Lunatic asylums in Bengal annual reports 1912-1924 - 1912-1924
Year: 1912
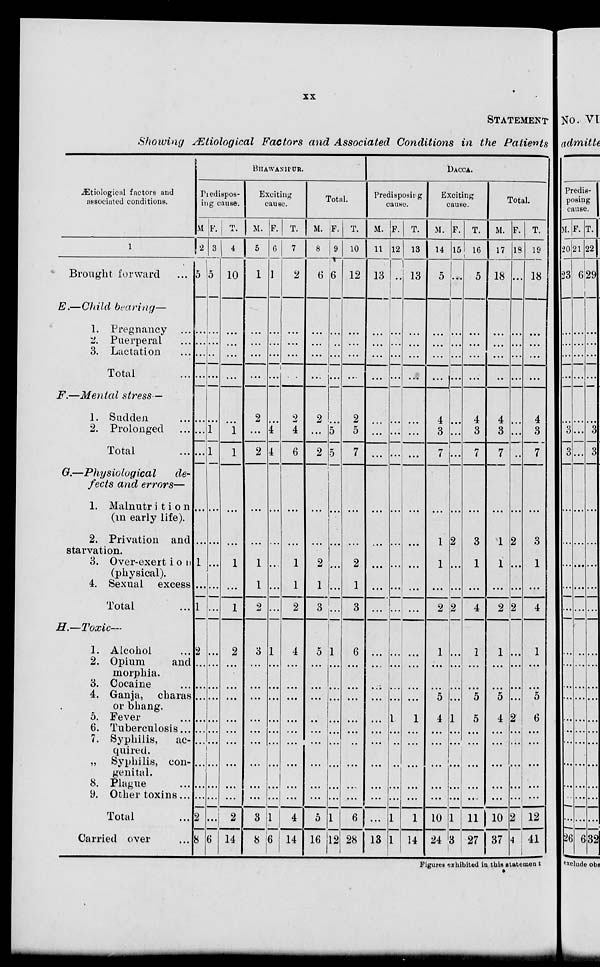
xx
STATEMENT
Showing Ætiological Factors and Associated Conditions in the Patients
Ætiological factors and
associated conditions.
1
Brought forward ...
E.—Child
bearing—
1. Pregnancy ...
2. Puerperal ...
3. Lactation ...
Total ...
F.—Mental
stress—
1. Sudden ...
2. Prolonged ...
Total ...
G.—Physiological
de-
fects and errors—
1. Malnutrition
(in early life).
2. Privation and
starvation.
3. Over-exertion
(physical).
4. Sexual
excess
Total ...
H.—Toxic—
1. Alcohol ...
2. Opium
and
morphia.
3. Cocaine ...
4. Ganja,
charas
or bhang.
5. Fever ...
6. Tuberculosis...
7. Syphilis,
ac-
quired.
„ Syphilis, con-
genital.
8. Plague ...
9. Other toxins...
Total ...
Carried over ...
BHAWANIPUR.
Piedispos¬
ing cause.
M.
2
5
...
...
...
...
...
...
...
...
...
1
...
1
2
...
...
...
...
...
...
...
...
...
2
8
F.
3
5
...
...
...
...
...
1
1
...
...
...
...
...
...
...
...
...
...
...
...
...
...
...
...
6
T.
4
10
...
...
...
...
...
1
1
...
...
1
...
1
2
...
...
...
...
...
...
...
...
...
2
14
Exciting
cause.
M.
5
1
...
...
...
...
2
...
2
...
...
1
1
2
3
...
...
...
...
...
...
...
...
...
3
8
F.
6
1
...
...
...
...
...
4
4
...
...
...
...
...
1
...
...
...
...
...
...
...
...
...
1
6
T.
7
2
...
...
...
...
2
4
6
...
...
1
1
2
4
...
...
...
...
...
...
...
...
...
4
14
Total.
M.
8
6
...
...
...
...
2
...
2
...
...
2
1
3
5
...
...
...
...
...
...
...
...
...
5
16
F.
9
6
...
...
...
...
...
5
5
...
...
...
...
...
1
...
...
...
...
...
...
...
...
...
1
12
T.
10
12
...
...
...
...
2
5
7
...
...
2
1
3
6
...
...
...
...
...
...
...
...
...
6
28
DACCA.
Predisposing
cause.
M.
11
13
...
...
...
...
...
...
...
...
...
...
...
...
...
...
...
...
...
...
...
...
...
...
...
13
F.
12
...
...
...
...
...
...
...
...
...
...
...
...
...
...
...
...
...
1
...
...
...
...
...
1
1
T.
13
13
...
...
...
...
...
...
...
...
...
...
...
...
...
...
...
...
1
...
...
...
...
...
1
14
Exciting
cause.
M.
14
5
...
...
...
...
4
3
7
...
1
1
...
2
1
...
...
5
4
...
...
...
...
...
10
24
F.
15
...
...
...
...
...
...
...
...
...
2
...
...
2
...
...
...
...
1
...
...
...
...
...
1
3
T.
16
5
...
...
...
...
4
3
7
...
3
1
...
4
1
...
...
5
5
...
...
...
...
...
11
27
Total.
M.
17
18
...
...
...
...
4
3
7
...
1
1
...
2
1
...
...
5
4
...
...
...
...
...
10
37
F.
18
...
...
...
...
...
...
...
...
...
2
...
...
2
...
...
...
...
2
...
...
...
...
...
2
4
T.
19
18
...
...
...
...
4
3
7
...
3
1
...
4
1
...
...
5
6
...
...
...
...
...
12
41
Figures exhibited in this statement